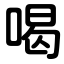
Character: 喝